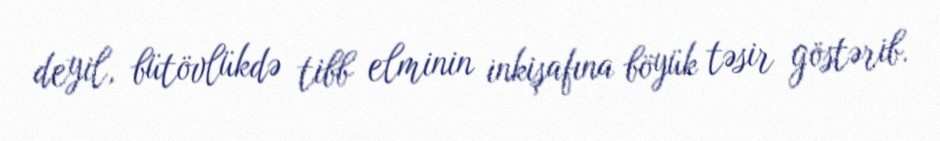
deyil, bütövlükdə tibb elminin inkişafına böyük təsir göstərib.